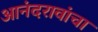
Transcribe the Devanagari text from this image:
आनंदरावांचा